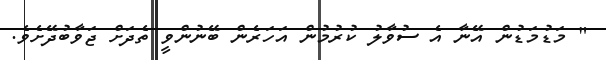
" މަޑުމަޑުން އޭނާ އެ ސުވާލު ކުރުމުން އަހަރެން ބޭނުންވީ ތެދަށް ޖަވާބުދޭށެވެ.